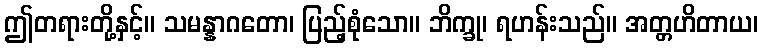
ဤတရားတို့နှင့်။ သမန္နာဂတော၊ ပြည့်စုံသော။ ဘိက္ခု၊ ရဟန်းသည်။ အတ္တဟိတာယ၊